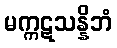
မက္ကဋသန္နိဘံ